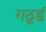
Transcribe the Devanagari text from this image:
गठूडं